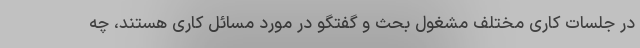
در جلسات کاری مختلف مشغول بحث و گفتگو در مورد مسائل کاری هستند، چه